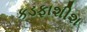
કડફાશીશ